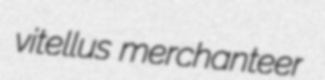
vitellus merchanteer